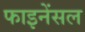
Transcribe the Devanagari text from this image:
फाइनेंसल